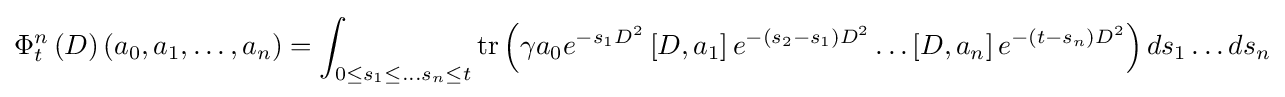
\Phi _{t}^{n}\left(D\right)\left(a_{0},a_{1},\ldots ,a_{n}\right)=\int _{0\leq s_{1}\leq \ldots s_{n}\leq t}\mathrm {tr} \left(\gamma a_{0}e^{-s_{1}D^{2}}\left[D,a_{1}\right]e^{-\left(s_{2}-s_{1}\right)D^{2}}\ldots \left[D,a_{n}\right]e^{-\left(t-s_{n}\right)D^{2}}\right)ds_{1}\ldots ds_{n}